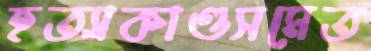
হত্যাকাণ্ডসমেত